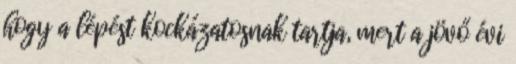
hogy a lépést kockázatosnak tartja, mert a jövő évi